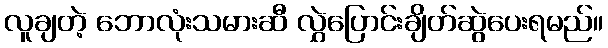
လူချတဲ့ ဘောလုံးသမားဆီ လွှဲပြောင်းချိတ်ဆွဲပေးရမည်။